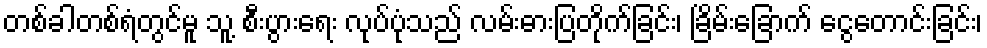
တစ်ခါတစ်ရံတွင်မူ သူ့ စီးပွားရေး လုပ်ပုံသည် လမ်းဓားပြတိုက်ခြင်း၊ ခြိမ်းခြောက် ငွေတောင်းခြင်း၊